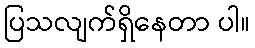
ပြသလျက်ရှိနေတာ ပါ။